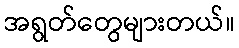
အရွတ်တွေများတယ်။